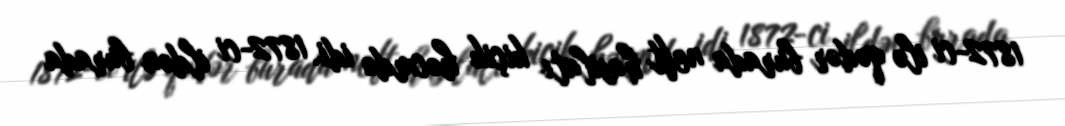
1872-ci ilə qədər burada neft hasilatı kiçik həcmdə idi. 1872-ci ildən burada